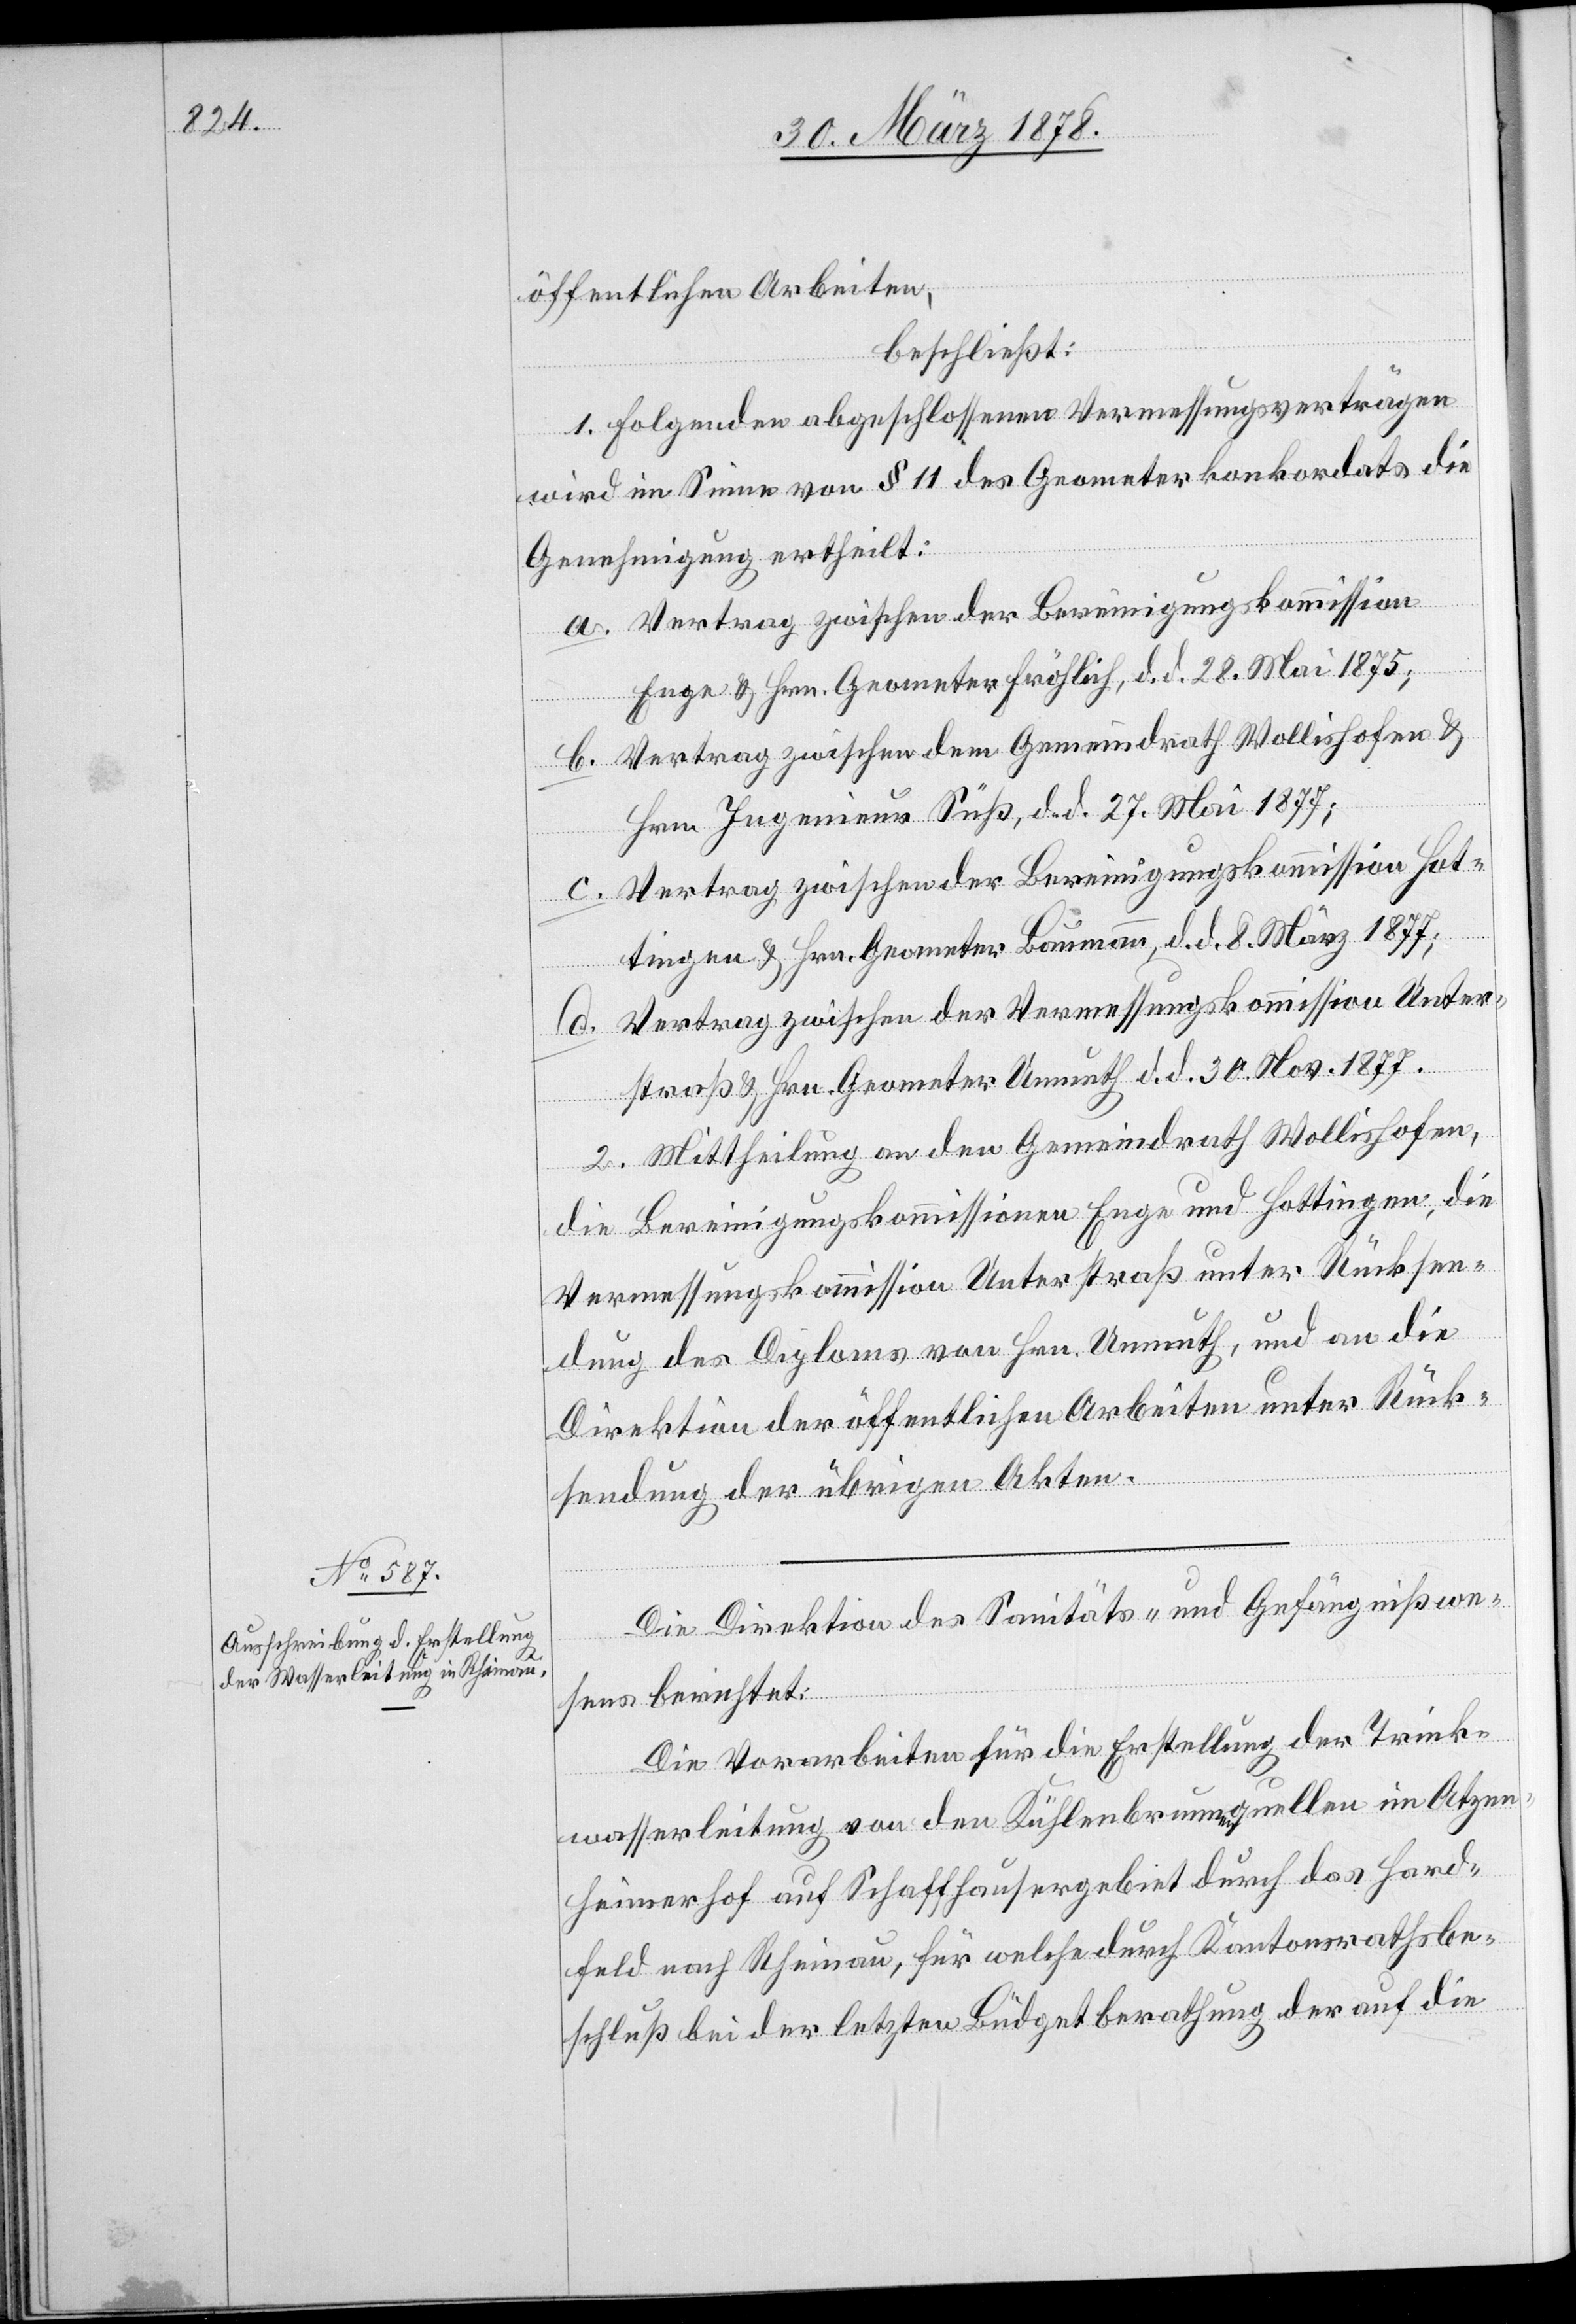
öffentlichen Arbeiten
beschließt:
1. folgenden abgeschlossenen Vermessungsverträgen
wird im Sinne von § 11 des Geometerkonkordats die
Genehmigung ertheilt:
a. Vertrag zwischen der Bereinigungskommission
Enge & Hrn. Geometer Fröhlich, d. d. 28. Mai 1875;
b. Vertrag zwischen dem Gemeindrath Wollishofen &
Hrn. Ingenieur Süß, d. d. 27. Mai 1877;
c. Vertrag zwischen der Bereinigungskommission Hot¬
tingen & Hrn. Geometer Baumann, d. d. 8. März 1877;
d. Vertrag zwischen der Vermessungskommission Unter¬
straß & Hrn. Geometer Unmuth d. d. 30. Nov. 1877.
2. Mittheilung an den Gemeindrath Wollishofen,
die Bereinigungskommissionen Enge und Hottingen, die
Vermessungskommission Unterstraß unter Rücksen¬
dung des Diploms von Hrn. Unmuth, und an die
Direktion der öffentlichen Arbeiten unter Rück¬
sendung der übrigen Akten.
Die Direktion des Sanitäts- & Gefängnißwe¬
sens berichtet:
Die Vorarbeiten für die Erstellung der Trink¬
wasserleitung von den Kühlenbrunnenquellen im Atzen¬
heimerhof auf Schaffhausergebiet durch das Hard¬
feld nach Rheinau, für welche durch Kantonsrathsbe¬
schluß bei der letzten Büdgetberathung der auf die